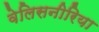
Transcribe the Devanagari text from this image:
वेलिसनीरिया